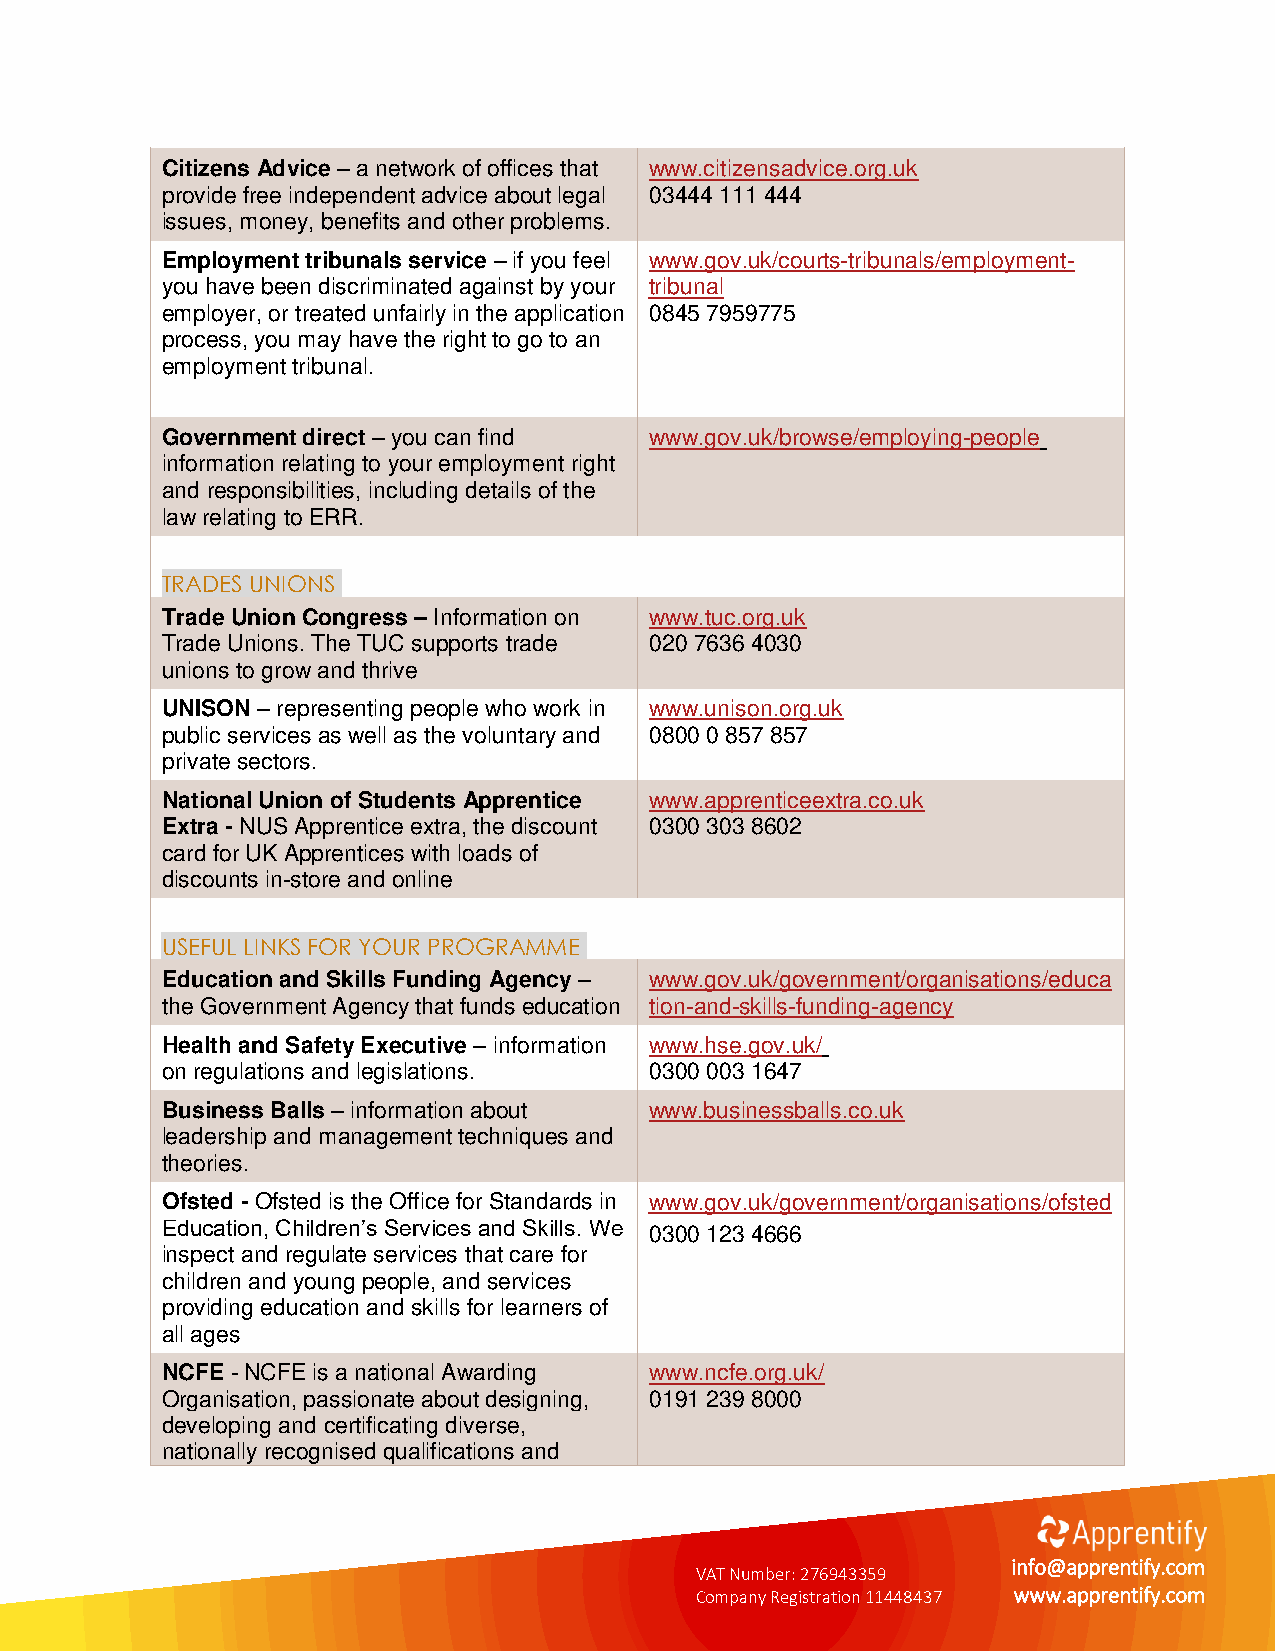
Citizens Advice – a network of offices that www.citizensadvice.org.uk
 provide free independent advice about legal 03444 111 444
 issues, money, benefits and other problems.
 Employment tribunals service – if you feel www.gov.uk/courts-tribunals/employment-
 you have been discriminated against by your tribunal
 employer, or treated unfairly in the application 0845 7959775
 process, you may have the right to go to an
 employment tribunal.
 Government direct – you can find www.gov.uk/browse/employing-people
 information relating to your employment right
 and responsibilities, including details of the
 law relating to ERR.
 TRADES UNIONS
 Trade Union Congress – Information on www.tuc.org.uk
 Trade Unions. The TUC supports trade 020 7636 4030
 unions to grow and thrive
 UNISON – representing people who work in www.unison.org.uk
 public services as well as the voluntary and 0800 0 857 857
 private sectors.
 National Union of Students Apprentice www.apprenticeextra.co.uk
 Extra - NUS Apprentice extra, the discount 0300 303 8602
 card for UK Apprentices with loads of
 discounts in-store and online
 USEFUL LINKS FOR YOUR PROGRAMME
 Education and Skills Funding Agency – www.gov.uk/government/organisations/educa
 the Government Agency that funds education t ion-and-skills-funding-agency
 Health and Safety Executive – information www.hse.gov.uk/
 on regulations and legislations. 0300 003 1647
 Business Balls – information about www.businessballs.co.uk
 leadership and management techniques and
 theories.
 Ofsted - Ofsted is the Office for Standards in www.gov.uk/government/organisations/ofsted
 Education, Children’s Services and Skills. We 0300 123 4666
 inspect and regulate services that care for
 children and young people, and services
 providing education and skills for learners of
 all ages
 NCFE - NCFE is a national Awarding www.ncfe.org.uk/
 Organisation, passionate about designing, 0191 239 8000
 developing and certificating diverse,
 nationally recognised qualifications and
 VAT Number: 276943359
 info@apprentify.com
 Company Registration 11448437 www.apprentify.com